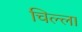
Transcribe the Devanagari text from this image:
चिल्‍ला